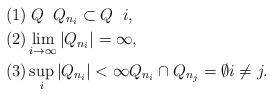
LaTeX: \begin{align*}(1) & \; Q\; \; Q_{n_i}\subset Q \; \; i , \\(2) & \lim_{i\rightarrow \infty} |Q_{n_i}|= \infty ,\\ (3) & \sup_i |Q_{n_i}|<\infty Q_{n_i}\cap Q_{n_j}=\emptyset i\not= j .\end{align*}